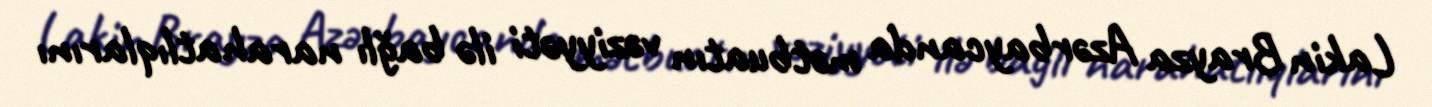
Lakin Brayza Azərbaycanda mətbuatın vəziyyəti ilə bağlı narahatlıqlarını